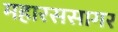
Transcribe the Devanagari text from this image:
महारससागर